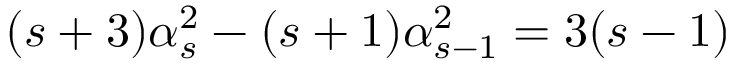
( s + 3 ) \alpha _ { s } ^ { 2 } - ( s + 1 ) \alpha _ { s - 1 } ^ { 2 } = 3 ( s - 1 )